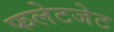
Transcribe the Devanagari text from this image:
फलेटजेट